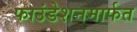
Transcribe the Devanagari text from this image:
फाउंडेशनमार्फत